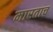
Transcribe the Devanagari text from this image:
मारताच